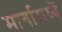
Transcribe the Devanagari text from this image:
मार्गामध्यें